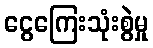
ငွေကြေးသုံးစွဲမှု